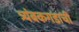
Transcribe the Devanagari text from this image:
त्र्यंबकगडाची